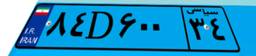
۸۴D۶۰۰۳۴